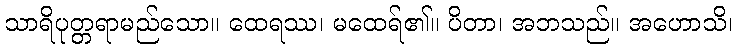
သာရိပုတ္တရာမည်သော။ ထေရဿ၊ မထေရ်၏။ ပိတာ၊ အဘသည်။ အဟောသိ၊